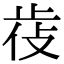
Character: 𣥰